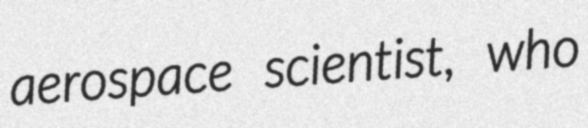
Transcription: aerospace scientist, who